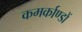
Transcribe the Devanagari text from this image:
कमर्काण्डों